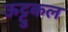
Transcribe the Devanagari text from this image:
ऊट्टुकल